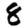
Digit: 8